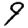
Digit: 9